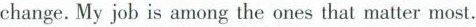
change.My job is among the ones that matter most.